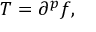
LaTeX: T = \partial ^ { p } f ,